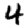
Digit: 4